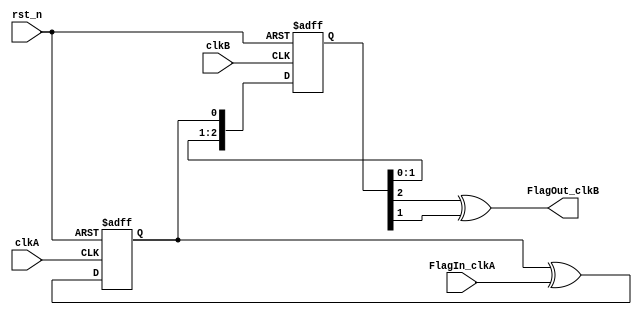
module flag_cdc_2(
		input  clkA,
		input  FlagIn_clkA, 
		input  clkB,
		output FlagOut_clkB,
		input  rst_n
		);
   reg 		       FlagToggle_clkA = 1'b0;
   always @(posedge clkA or negedge rst_n)
     if (rst_n == 1'b0) begin
	FlagToggle_clkA <= 1'b0;
     end else begin
	FlagToggle_clkA <= FlagToggle_clkA ^ FlagIn_clkA;
     end
   reg [2:0] SyncA_clkB = 3'b0;
   always @(posedge clkB or negedge rst_n)
     if (rst_n == 1'b0) begin
	SyncA_clkB <= 3'b0;
     end else begin
	SyncA_clkB <= {SyncA_clkB[1:0], FlagToggle_clkA};
     end
   assign FlagOut_clkB = (SyncA_clkB[2] ^ SyncA_clkB[1]);
endmodule